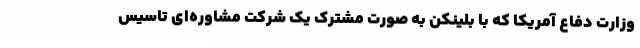
وزارت دفاع آمریکا که با بلینکن به صورت مشترک یک شرکت مشاوره‌ای تاسیس